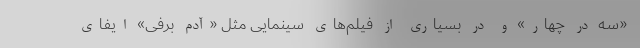
«سه در چهار» و در بسیاری از فیلم‌های سینمایی مثل «آدم برفی» ایفای